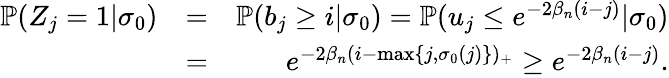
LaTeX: \begin{array}{rlr}{\mathbb{P}(Z_{j}=1|\sigma_{0})}&{=}&{\mathbb{P}(b_{j}\geq i|\sigma_{0})=\mathbb{P}(u_{j}\leq e^{-2\beta_{n}(i-j)}|\sigma_{0})}\\ &{=}&{e^{-2\beta_{n}(i-\operatorname*{max}\{ j,\sigma_{0}(j)\} )_{+}}\geq e^{-2\beta_{n}(i-j)}.}\end{array}